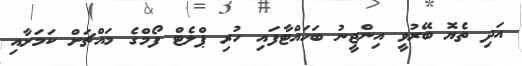
އަދި ތެޔޮ ބޭރުވީ އިންޖީނު ބަހައްޓާފައި ހުރި ޕްލެޓް ފޯމްގެ މައްޗަށް ކަމަށާއި